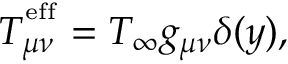
T _ { \mu \nu } ^ { ^ \mathrm { e f f } } = T _ { \infty } g _ { \mu \nu } \delta ( y ) ,